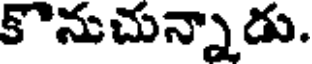
కొనుచున్నాడు.